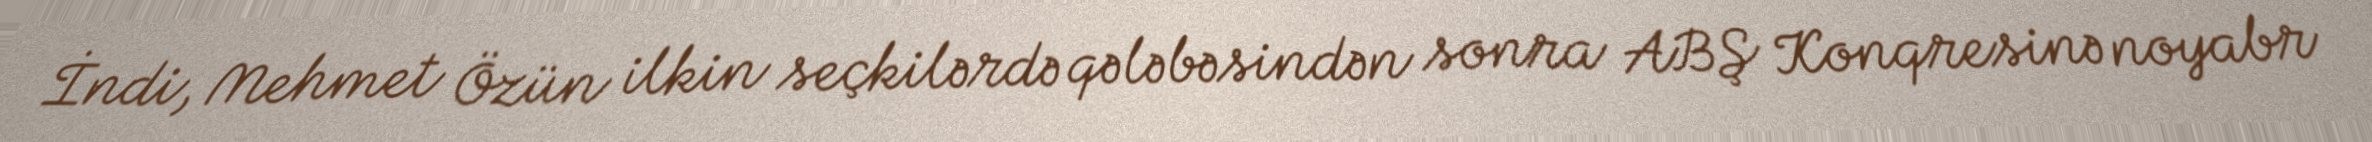
İndi, Mehmet Özün ilkin seçkilərdə qələbəsindən sonra ABŞ Konqresinə noyabr